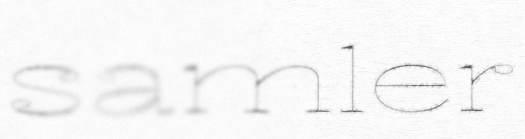
samler